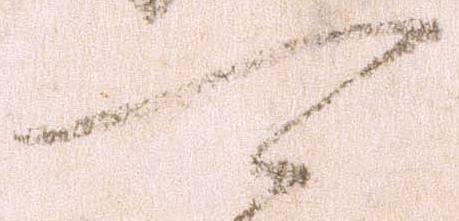
可